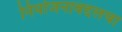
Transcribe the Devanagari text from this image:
नियोजनाबद्दलचा